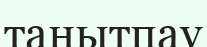
танытпау